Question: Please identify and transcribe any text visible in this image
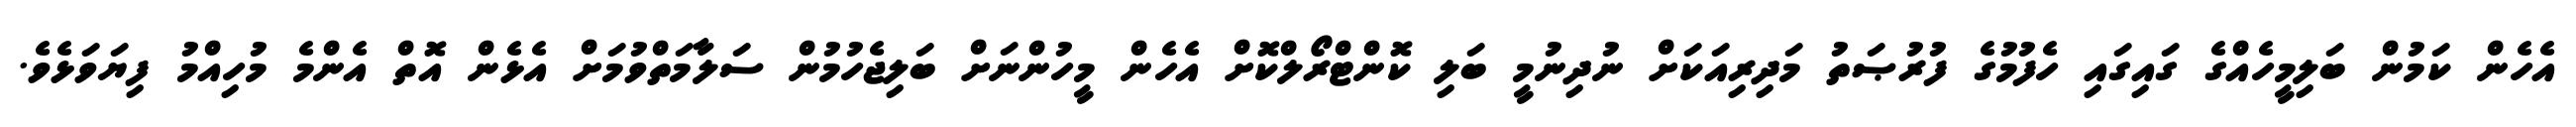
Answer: އެހެން ކަމުން ބަލިމީހެއްގެ ގައިގައި ހެފުމުގެ ފުރުޞަތު މަދިރިއަކަށް ނުދިނުމީ ބަލި ކޮންޓްރޯލްކޮށް އެހެން މީހުންނަށް ބަލިޖެހުމުން ސަލާމަތްވުމަށް އެޅެން އޮތް އެންމެ މުހިއްމު ފިޔަވަޅެވެ.